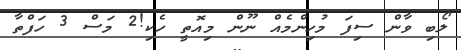
ލޯބި ވާން ސިފަ މުހިންމެއް ނޫން މިއޮތީ ހެކި!2 މަސް 3 ހަފްތާ